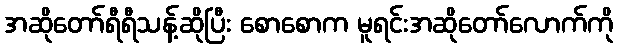
အဆိုတော်ရီရီသန့်ဆိုပြီး စောစောက မူရင်းအဆိုတော်လောက်ကို